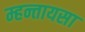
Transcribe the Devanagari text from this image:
म्हन्तायसा